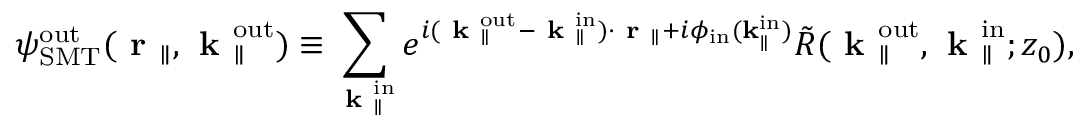
{ \psi } _ { \mathrm { S M T } } ^ { \mathrm { o u t } } ( \textbf { r } _ { \parallel } , \textbf { k } _ { \parallel } ^ { \mathrm { o u t } } ) \equiv \sum _ { \textbf { k } _ { \parallel } ^ { \mathrm { i n } } } e ^ { i ( \textbf { k } _ { \parallel } ^ { \mathrm { o u t } } - \textbf { k } _ { \parallel } ^ { \mathrm { i n } } ) \cdot \textbf { r } _ { \parallel } + i \phi _ { \mathrm { i n } } ( \bf k _ { \parallel } ^ { \mathrm { i n } } ) } \Tilde { R } ( \textbf { k } _ { \parallel } ^ { \mathrm { o u t } } , \textbf { k } _ { \parallel } ^ { \mathrm { i n } } ; z _ { 0 } ) ,